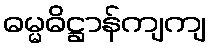
ဓမ္မဓိဋ္ဌာန်ကျကျ